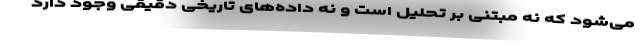
می‌شود که نه مبتنی بر تحلیل است و نه داده‌های تاریخی دقیقی وجود دارد